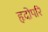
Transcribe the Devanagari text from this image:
हृदोपरि